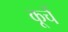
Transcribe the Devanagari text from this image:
कूचें